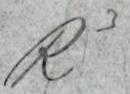
R3